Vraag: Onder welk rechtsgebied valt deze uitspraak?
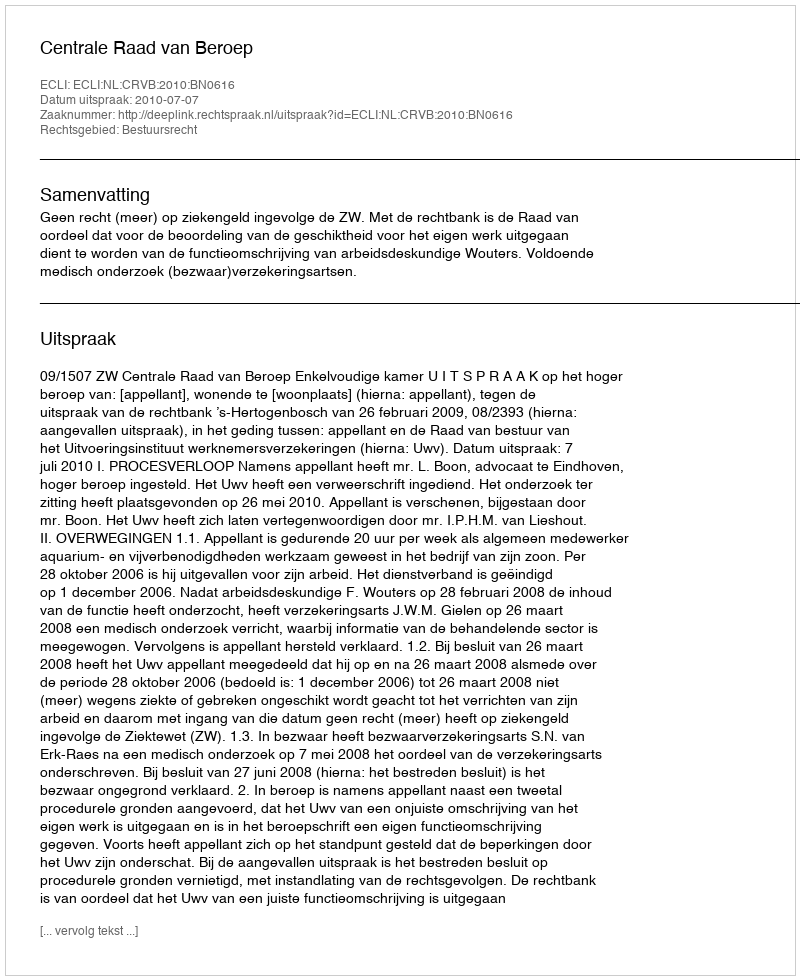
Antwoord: Bestuursrecht